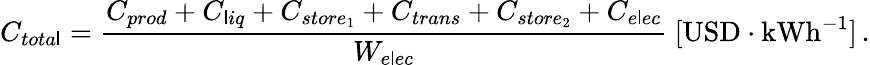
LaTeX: C_{tota\mathsf{l}}=\frac{{C_{prod}+C_{\mathsf{l}iq}+C_{store_{1}}+C_{trans}+C_{store_{2}}+C_{e\mathsf{l}ec}}}{{W_{e\mathsf{l}ec}}}\ [\mathrm{{USD}}\cdot\mathrm{{kWh}}^{-1}]\, .